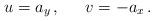
LaTeX: \begin{align*}u = a_{y}\, , \, \, \, \, \, \, \, \, \, v = -a_{x}\, .\end{align*}